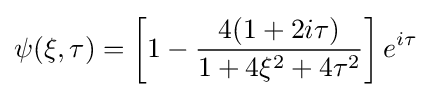
\psi (\xi ,\tau )=\left[1-{\frac {4(1+2i\tau )}{1+4\xi ^{2}+4\tau ^{2}}}\right]e^{i\tau }